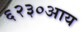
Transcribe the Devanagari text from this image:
६२३०आय